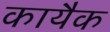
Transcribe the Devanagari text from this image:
कायैक